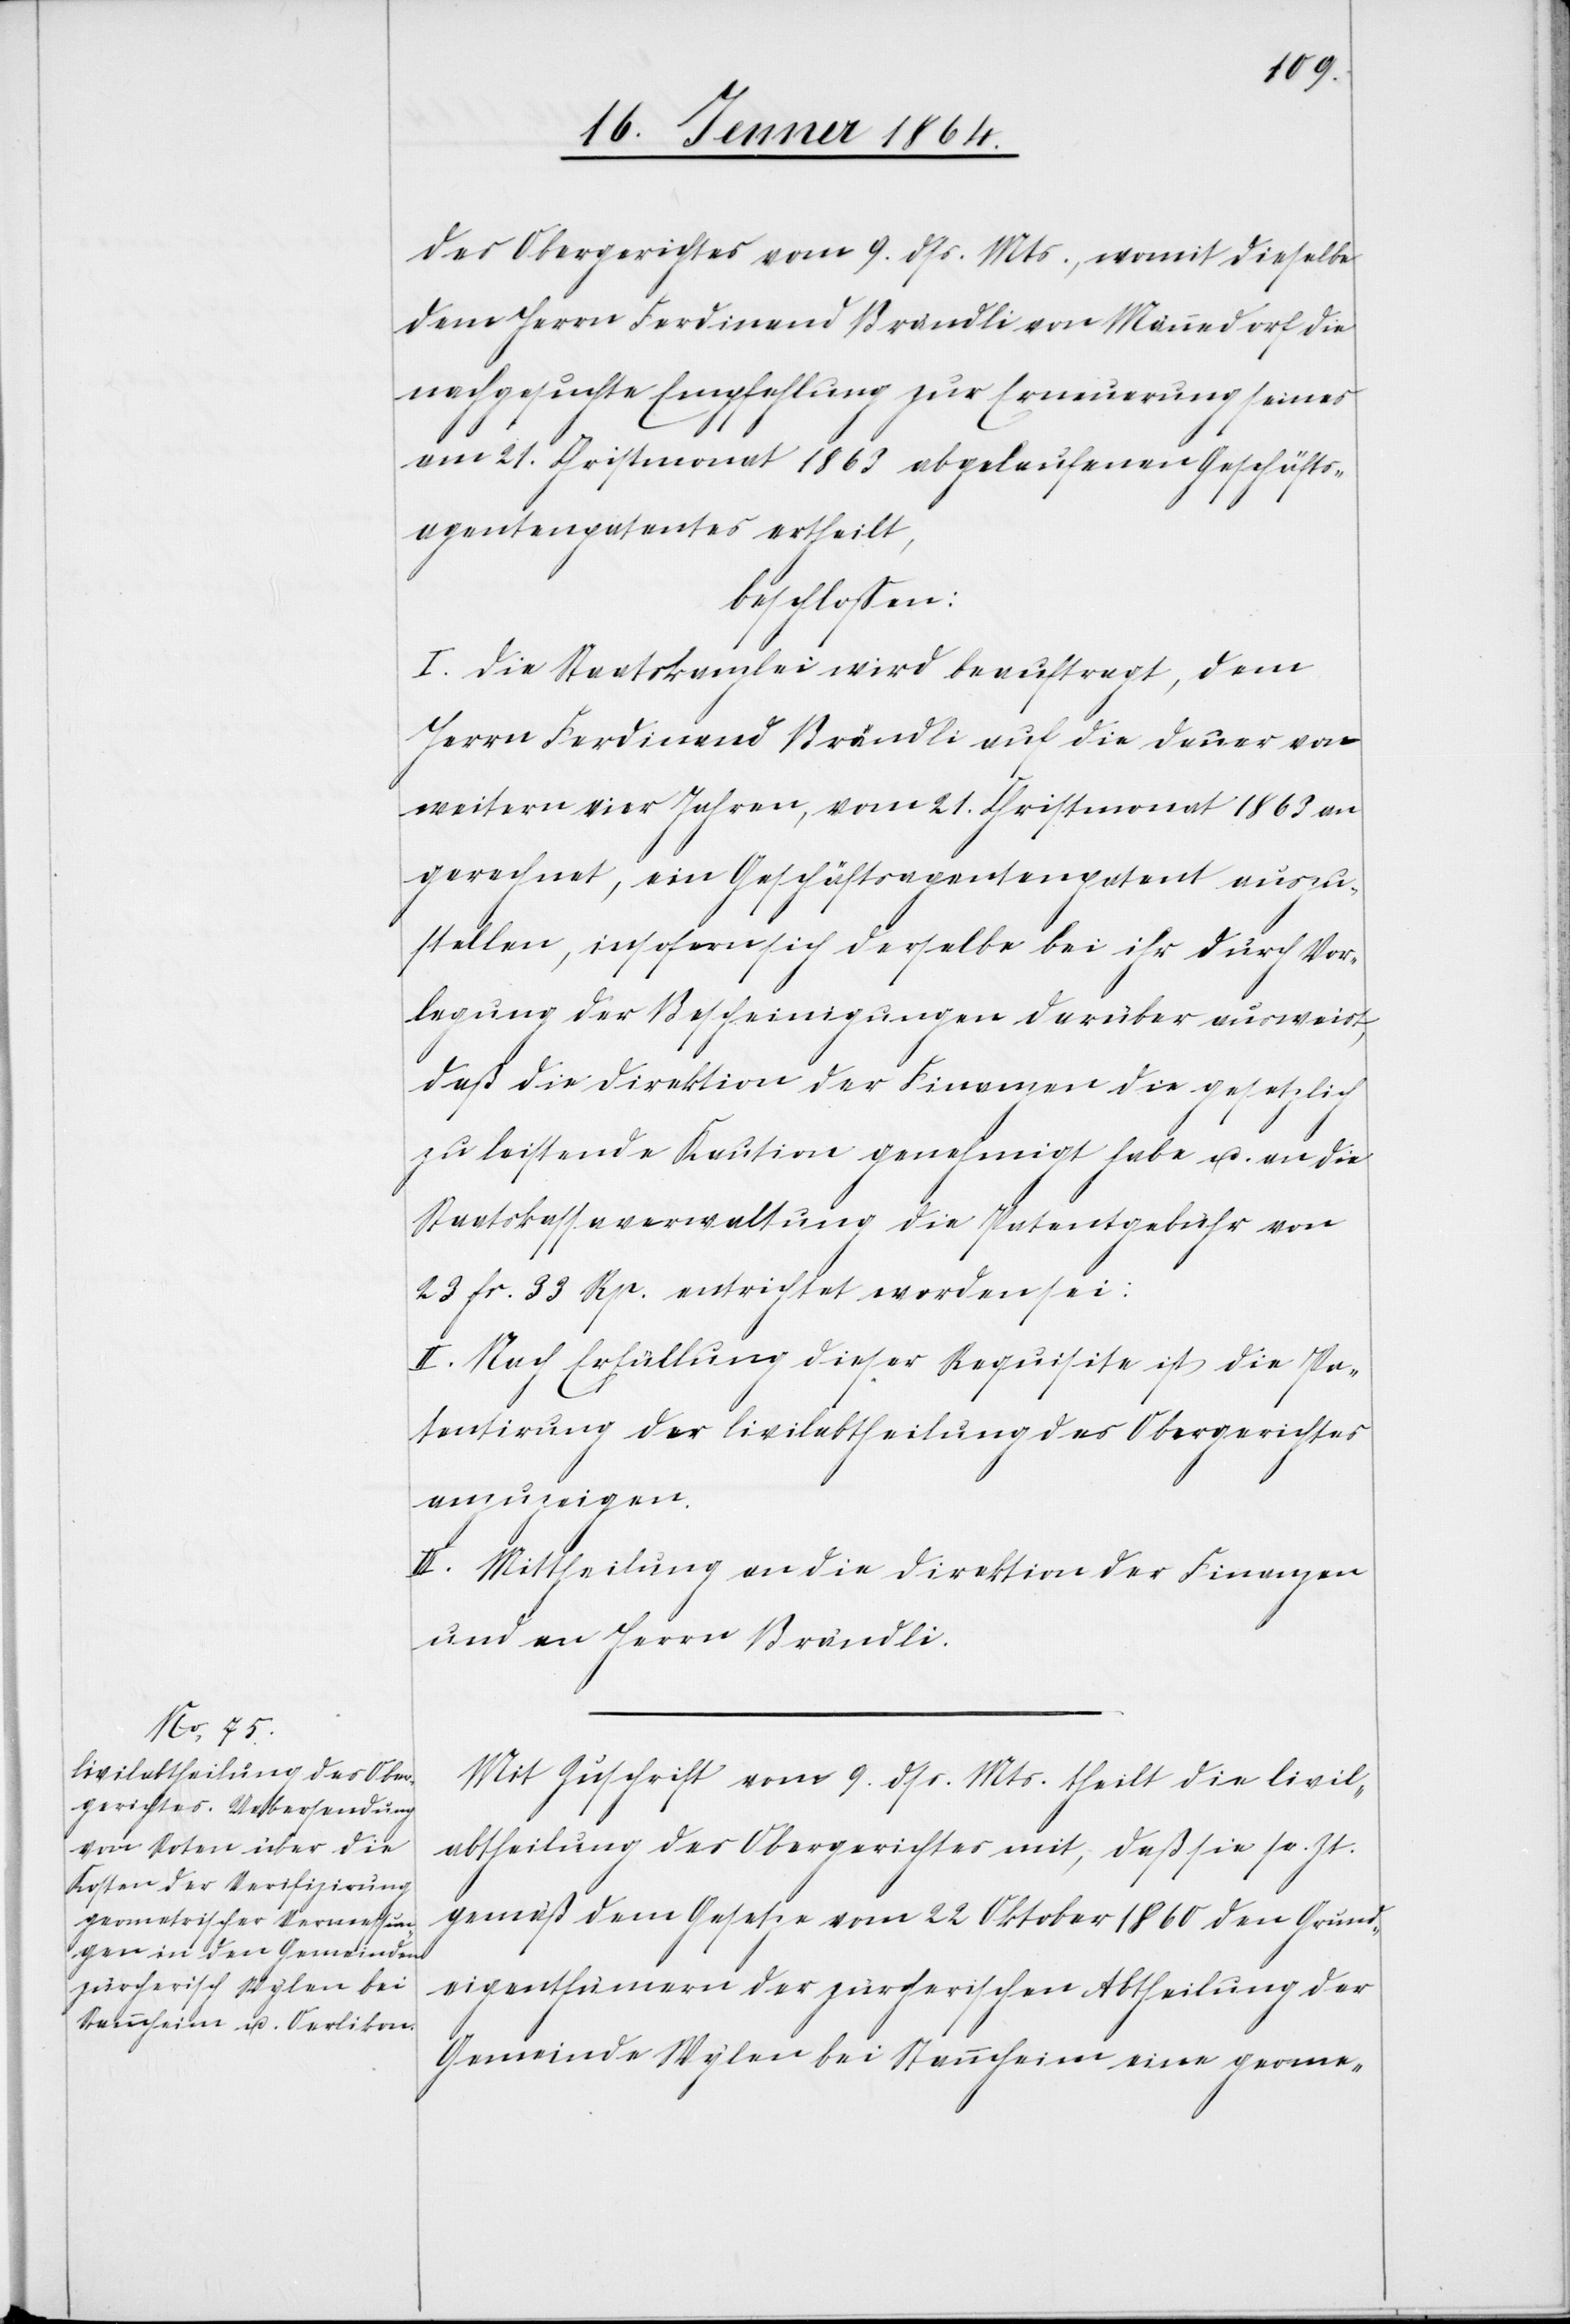
des Obergerichtes vom 9. dss. Mts., womit dieselbe
dem Herrn Ferdinand Brändli von Männedorf die
nachgesuchte Empfehlung zur Erneuerung seines
am 21. Christmonat 1863 abgelaufenen Geschäfts¬
agentenpatentes ertheilt,
beschlossen:
I. Die Staatskanzlei wird beauftragt, dem
Herrn Ferdinand Brändli auf die Dauer von
weitern vier Jahren, vom 21. Christmonat 1863 an
gerechnet, ein Geschäftsagentenpatent auszu¬
stellen, insofern sich derselbe bei ihr durch Vor¬
legung der Bescheinigungen darüber ausweist,
daß die Direktion der Finanzen die gesetzlich
zu leistende Kaution genehmigt habe u. an die
Staatskasseverwaltung die Patentgebühr von
23 fr. 33 Rp. entrichtet worden sei:
II. Nach Erfüllung dieser Requisite ist die Pa¬
tentirung der Civilabtheilung des Obergerichtes
anzuzeigen.
III. Mittheilung an die Direktion der Finanzen
und an Herrn Brändli.
Mit Zuschrift vom 9. dss. Mts. theilt die Civil¬
abtheilung des Obergerichtes mit, daß sie se. Zt.
gemäß dem Gesetze vom 22 Oktober 1860 den Grund¬
eigenthümern der zürcherischen Abtheilung der
Gemeinde Wylen bei Stammheim eine geome-